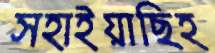
সহাইয়াছিহ